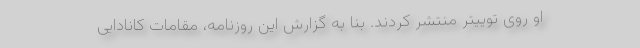
او روی توییتر منتشر کردند. بنا به گزارش این روزنامه، مقامات کانادایی